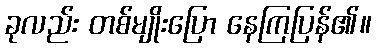
ခုလည်း တစ်မျိုးပြော နေကြပြန်၏။